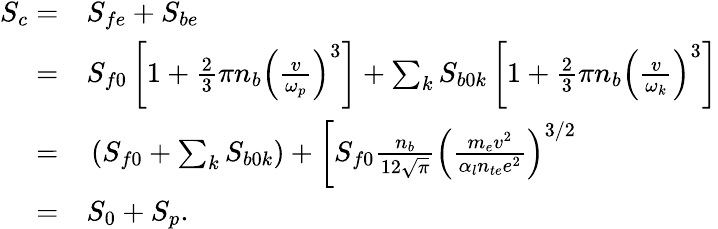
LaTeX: \begin{array}{rl}{S_{c}=}&{{}S_{fe}+S_{be}}\\ {=}&{{}S_{f0}\left[1+\frac{2}{3}\pi n_{b}\left(\frac{v}{\omega_{p}}\right)^{3}\right]+\sum_{k}S_{b0k}\left[1+\frac{2}{3}\pi n_{b}\left(\frac{v}{\omega_{k}}\right)^{3}\right]}\\ {=}&{{}\left(S_{f0}+\sum_{k}S_{b0k}\right)+\left[S_{f0}\frac{n_{b}}{12\sqrt{\pi}}\left(\frac{m_{e}v^{2}}{\alpha_{l}n_{te}e^{2}}\right)^{3/2}\right.}\\ {=}&{{}S_{0}+S_{p}.}\end{array}